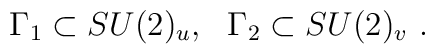
\Gamma_1\subset SU(2)_u,~~\Gamma_2\subset SU(2)_v \ .